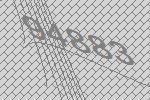
94883